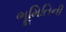
ભૂમિતિની